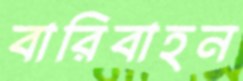
বারিবাহন